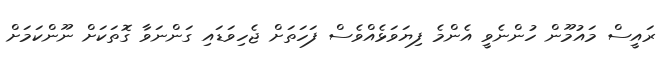
ރައީސް މައުމޫން ހުންނެވީ އެންމެ ފިޔަވަޅެއްވެސް ފަހަތަށް ޖެހިވަޑައި ގަންނަވާ ގޮތަކަށް ނޫންކަމަށް